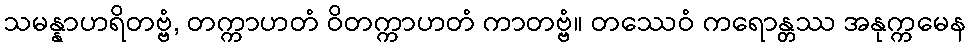
သမန္နာဟရိတဗ္ဗံ, တက္ကာဟတံ ဝိတက္ကာဟတံ ကာတဗ္ဗံ။ တဿေဝံ ကရောန္တဿ အနုက္ကမေန